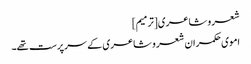
شعر و شاعری[ترمیم]
اموی حکمران شعر و شاعری کے سرپرست تھے۔